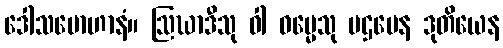
ဒေါသမောဟာနံ။ ဩဃာဒီသု ဝါ ဓမ္မေသု ပဌမေန ဒုတိယေန